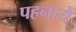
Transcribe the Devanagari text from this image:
पहनायें